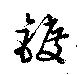
鍍